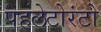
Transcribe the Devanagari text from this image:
पहलेटोरंटो